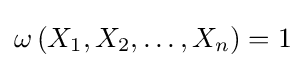
\omega \left(X_{1},X_{2},\ldots ,X_{n}\right)=1